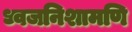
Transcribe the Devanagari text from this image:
ध्वजनिशामणि